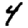
Digit: 4